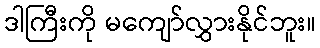
ဒါကြီးကို မကျော်လွှားနိုင်ဘူး။